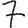
Digit: 7